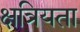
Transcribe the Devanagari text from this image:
क्षत्रियता